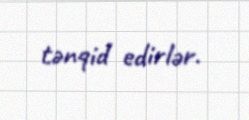
tənqid edirlər.